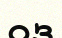
оз